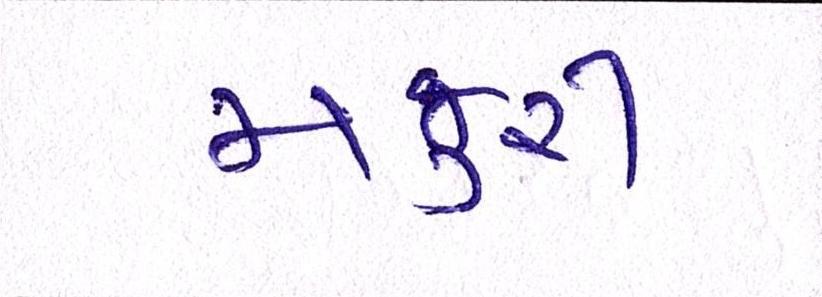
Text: મજુરી